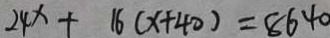
2 4 x + 1 6 ( x + 4 0 ) = 8 6 4 0